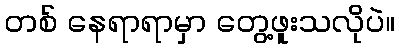
တစ် နေရာရာမှာ တွေ့ဖူးသလိုပဲ။